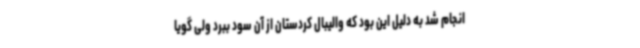
انجام شد به دلیل این بود که والیبال کردستان از آن سود ببرد ولی گویا